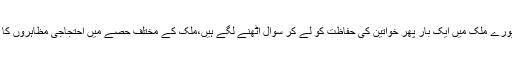
اس واقعہ سے پورے ملک میں ایک بار پھر خواتین کی حفاظت کو لے کر سوال اٹھنے لگے ہیں،ملک کے مختلف حصے میں احتجاجی مظاہروں کا دور جاری ہے۔